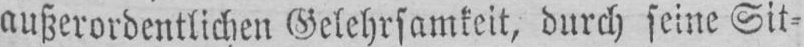
außerordentlichen Gelehrsamkeit, durch seine Sit⸗